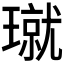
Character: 𪼝